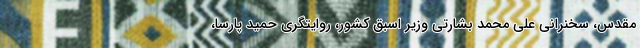
مقدس، سخنرانی علی محمد بشارتی وزیر اسبق کشور، روایتگری حمید پارسا،